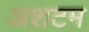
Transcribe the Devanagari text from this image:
अशटम